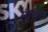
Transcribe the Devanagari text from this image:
मीर्थल